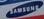
samsung